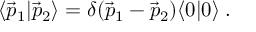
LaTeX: \langle { \vec { p } } _ { 1 } | { \vec { p } } _ { 2 } \rangle = \delta ( { \vec { p } } _ { 1 } - { \vec { p } } _ { 2 } ) \langle 0 | 0 \rangle \; .